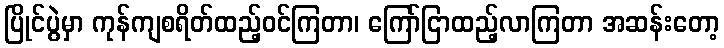
ပြိုင်ပွဲမှာ ကုန်ကျစရိတ်ထည့်ဝင်ကြတာ၊ ကြော်ငြာထည့်လာကြတာ အဆန်းတော့